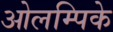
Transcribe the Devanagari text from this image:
ओलम्पिके